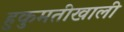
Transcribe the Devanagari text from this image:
हुकुमतीखाली